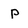
Character: p